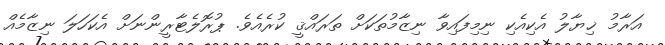
އަރާމު ޚިޔާލު އެކިއެކި ނިމިފައިވާ ނިޒާމުތަކަށް ތަރައްޤީ ކުރެއެވެ. ޕުރޮލެޓާރީންނަށް އެކަހަލަ ނިޒާމެއް